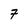
Character: 7